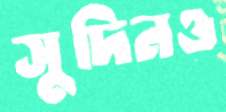
সুদিনও